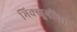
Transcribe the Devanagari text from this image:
भिक्खूनींचा